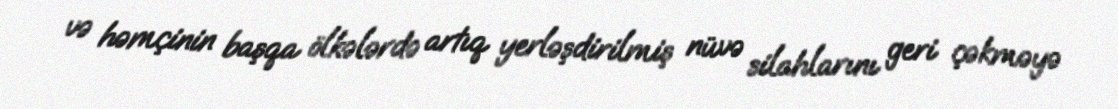
və həmçinin başqa ölkələrdə artıq yerləşdirilmiş nüvə silahlarını geri çəkməyə